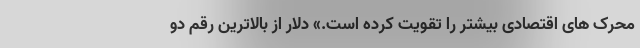
محرک های اقتصادی بیشتر را تقویت کرده است.» دلار از بالاترین رقم دو